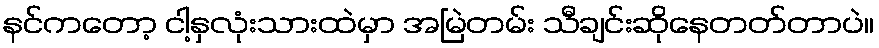
နင်ကတော့ ငါ့နှလုံးသားထဲမှာ အမြဲတမ်း သီချင်းဆိုနေတတ်တာပဲ။